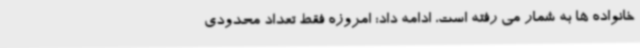
خانواده ها به شمار می رفته است، ادامه داد: امروزه فقط تعداد محدودی